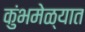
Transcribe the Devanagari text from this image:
कुंभमेळ्यात